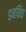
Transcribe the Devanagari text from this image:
डनविच